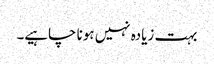
بہت زیادہ نہیں ہونا چاہیے۔